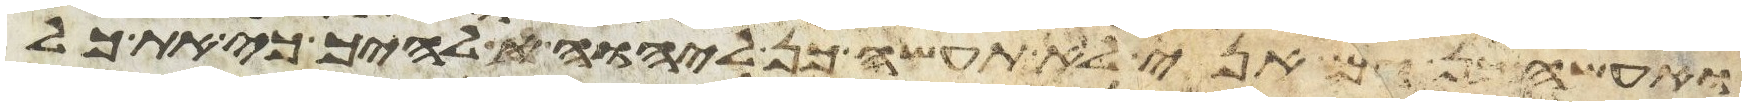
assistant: ואעשה כן גם אני לא תעשה כן ליהוה אלהיך כי את כל